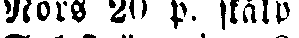
Nors 20 p. skålp